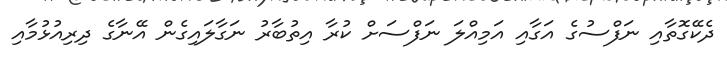
ދެކޭގޮތާއި ނަފްސުގެ އަގާއި އަމިއްލަ ނަފްސަށް ކުރާ އިތުބާރު ނަގާލައިގެން އޭނާގެ ދިރިއުޅުމާއި